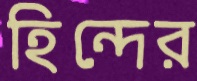
হিন্দের